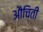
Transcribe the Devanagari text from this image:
औचिती